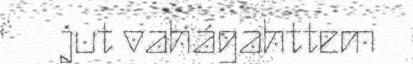
jut vahágahttem